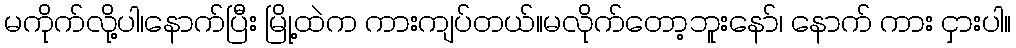
မကိုက်လို့ပါ၊နောက်ပြီး မြို့ထဲက ကားကျပ်တယ်။မလိုက်တော့ဘူးနော်၊ နောက် ကား ငှားပါ။